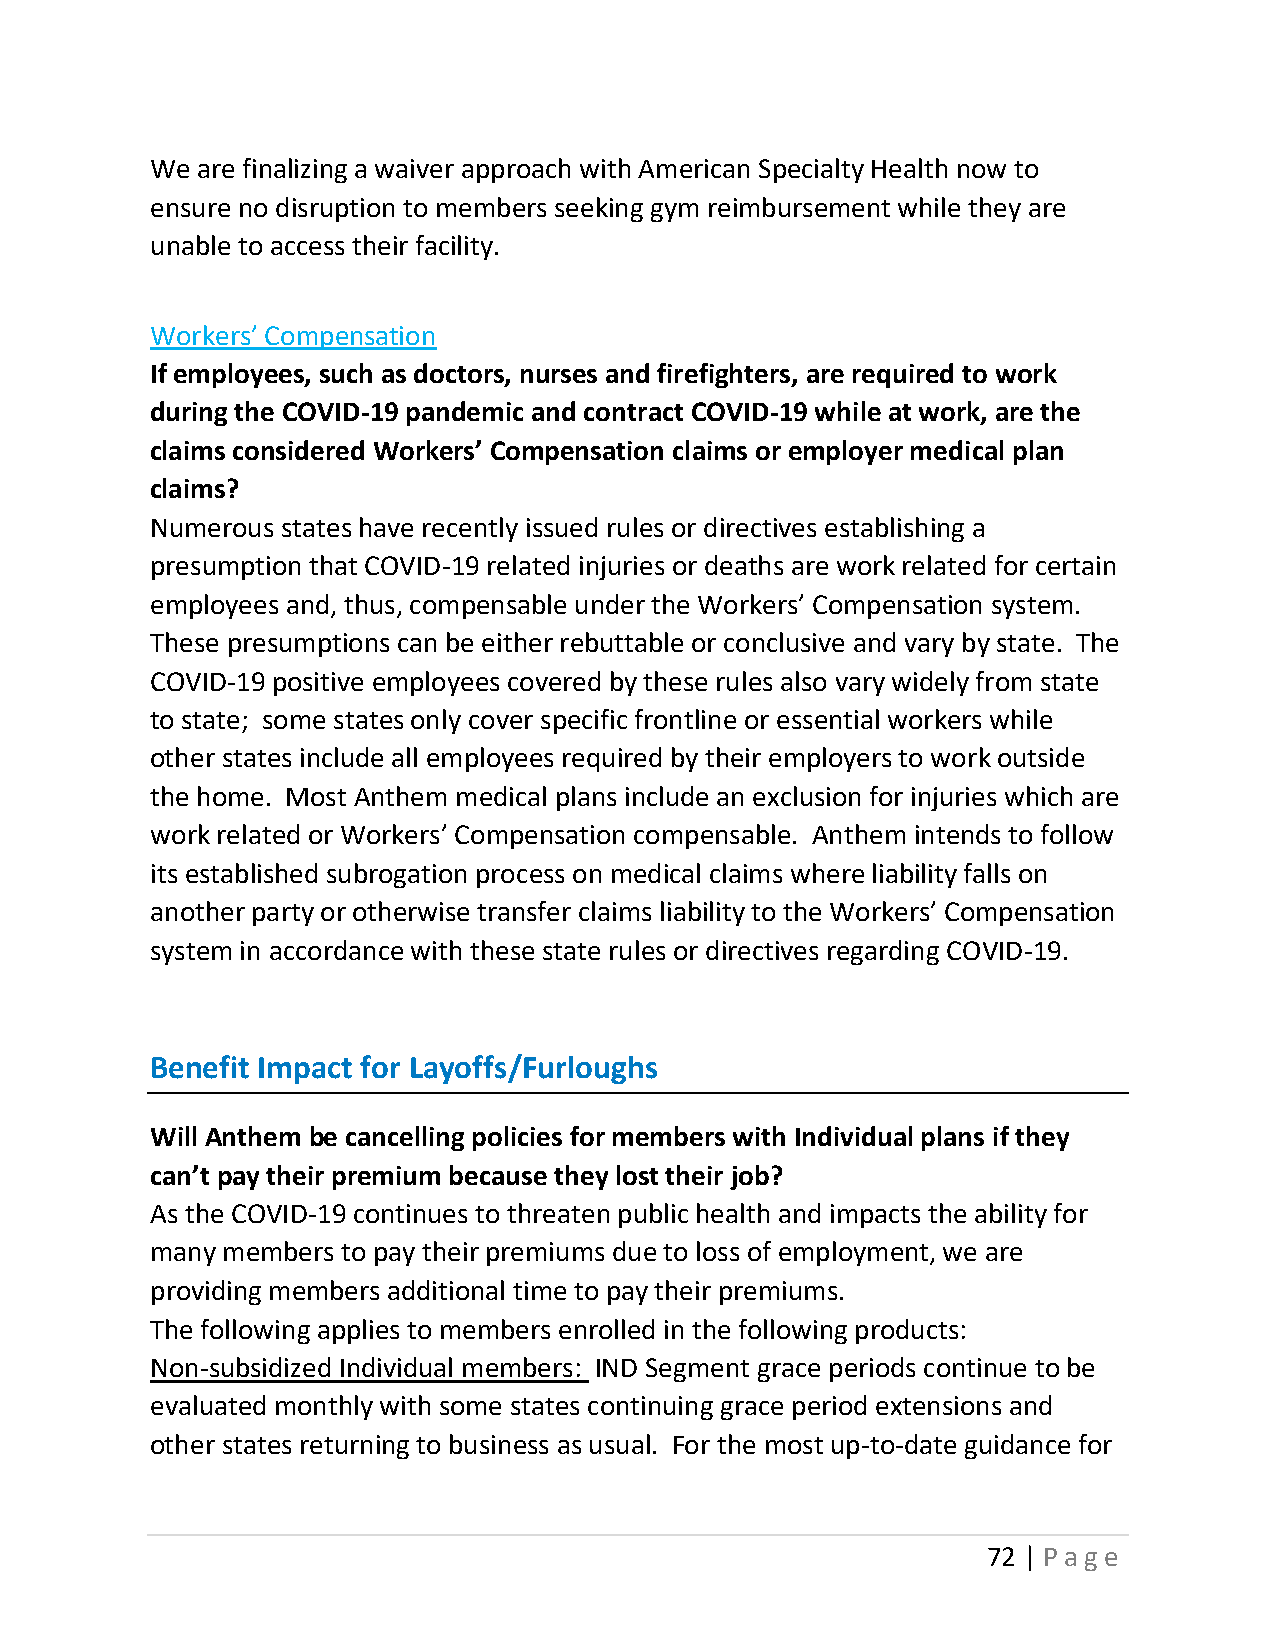
We are finalizing a waiver approach with American Specialty Health now to
 ensure no disruption to members seeking gym reimbursement while they are
 unable to access their facility.
 Workers’ Compensation
 If employees, such as doctors, nurses and firefighters, are required to work
 during the COVID-19 pandemic and contract COVID-19 while at work, are the
 claims considered Workers’ Compensation claims or employer medical plan
 claims?
 Numerous states have recently issued rules or directives establishing a
 presumption that COVID-19 related injuries or deaths are work related for certain
 employees and, thus, compensable under the Workers’ Compensation system.
 These presumptions can be either rebuttable or conclusive and vary by state. The
 COVID-19 positive employees covered by these rules also vary widely from state
 to state; some states only cover specific frontline or essential workers while
 other states include all employees required by their employers to work outside
 the home. Most Anthem medical plans include an exclusion for injuries which are
 work related or Workers’ Compensation compensable. Anthem intends to follow
 its established subrogation process on medical claims where liability falls on
 another party or otherwise transfer claims liability to the Workers’ Compensation
 system in accordance with these state rules or directives regarding COVID-19.
 Benefit Impact for Layoffs/Furloughs
 Will Anthem be cancelling policies for members with Individual plans if they
 can’t pay their premium because they lost their job?
 As the COVID-19 continues to threaten public health and impacts the ability for
 many members to pay their premiums due to loss of employment, we are
 providing members additional time to pay their premiums.
 The following applies to members enrolled in the following products:
 Non-subsidized Individual members: IND Segment grace periods continue to be
 evaluated monthly with some states continuing grace period extensions and
 other states returning to business as usual. For the most up-to-date guidance for
 72 | Page